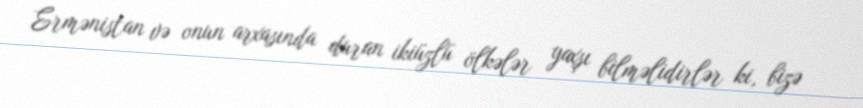
Ermənistan və onun arxasında duran ikiüzlü ölkələr yaxşı bilməlidirlər ki, bizə